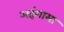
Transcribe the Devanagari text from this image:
अहंगामा